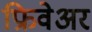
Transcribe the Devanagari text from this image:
फ्रिवेअर